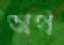
অথ